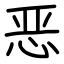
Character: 恶